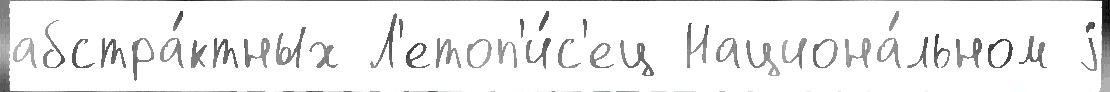
абстра́ктных Л'етоп'и́с'ец Национа́льном j